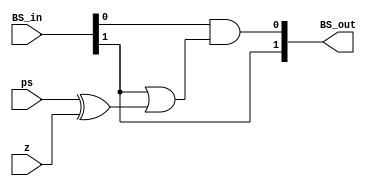
module brancher(
input [1:0] BS_in,
input ps,
input z,
output [1:0] BS_out);
assign BS_out = {BS_in[1],(BS_in[0]&(BS_in[1]|(ps ^ z)))};
endmodule